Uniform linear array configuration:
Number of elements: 12
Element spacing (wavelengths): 1
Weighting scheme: kaiser
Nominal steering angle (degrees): -30
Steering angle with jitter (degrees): -31.388
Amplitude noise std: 0.05
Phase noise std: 0.05

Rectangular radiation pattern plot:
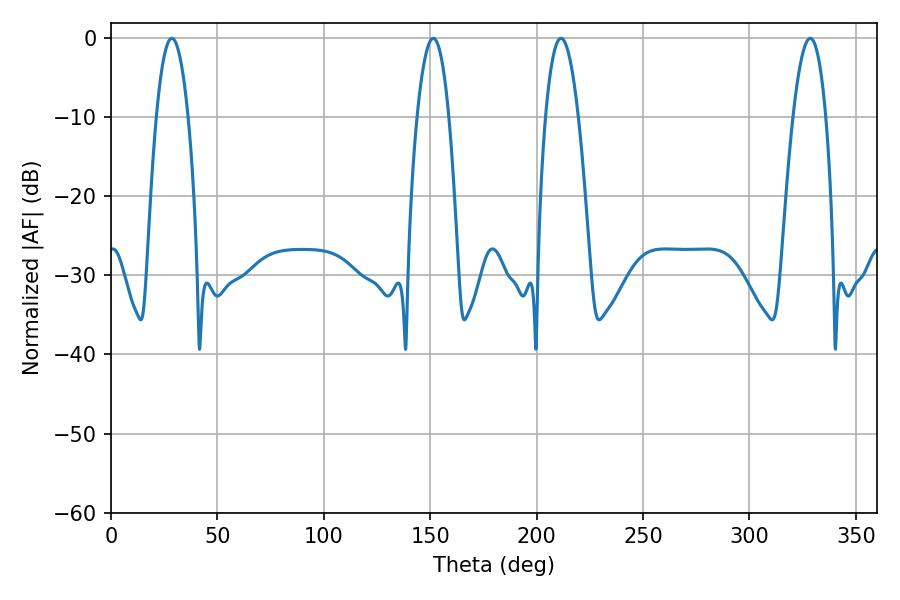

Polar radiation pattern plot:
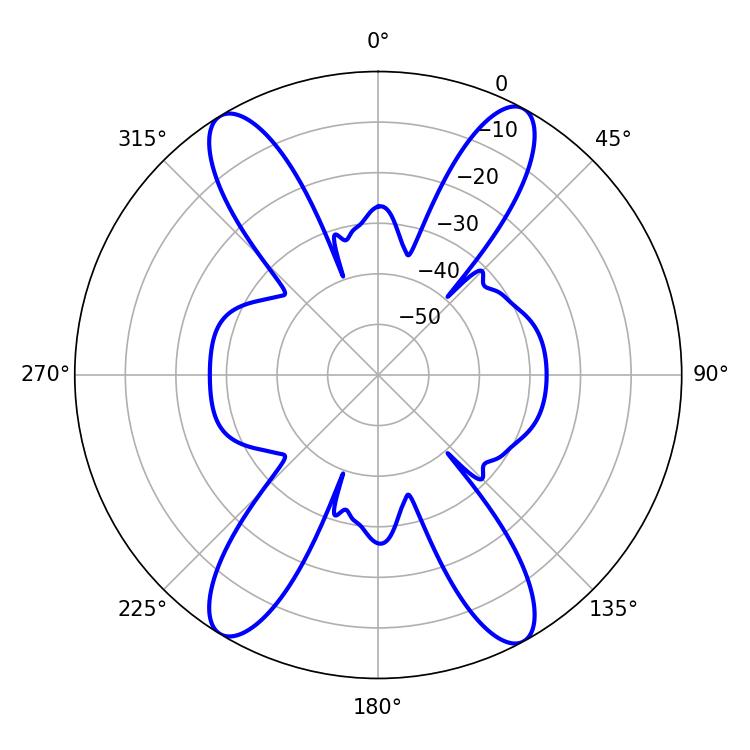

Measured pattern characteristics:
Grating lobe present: TRUE
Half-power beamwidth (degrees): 8.28
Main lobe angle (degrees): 28.62